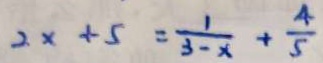
2 x + 5 = \frac { 1 } { 3 - x } + \frac { 4 } { 5 }